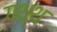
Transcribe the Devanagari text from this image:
गथ्थ